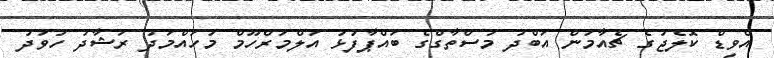
އެވިޑް ކޮލެޖުގެ ޗެއާމަން އަބްދު މުސްތާގްގެ ބައްޕާފުޅު އަލްމަރްހޫމް މުހައްމަދު ރަޝާދު ހުވަދު